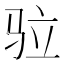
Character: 𩧧